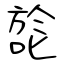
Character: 旕